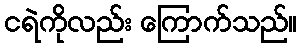
ငရဲကိုလည်း ကြောက်သည်။